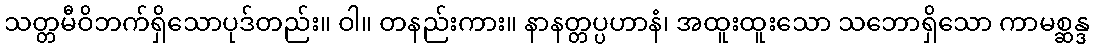
သတ္တမီဝိဘက်ရှိသောပုဒ်တည်း။ ဝါ။ တနည်းကား။ နာနတ္တပ္ပဟာနံ၊ အထူးထူးသော သဘောရှိသော ကာမစ္ဆန္ဒ